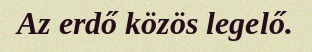
Az erdő közös legelő.